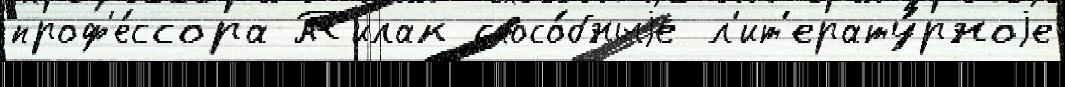
проф'е́ссора Т'илак спосо́бныjе л'ит'ерату́рноjе